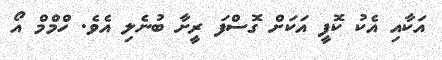
އަކާއި އެކު ކޮފީ އަކަށް ގޮސްފަ ރީށާ ބުނެލި އެވެ. ހްމްމް އޯ